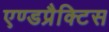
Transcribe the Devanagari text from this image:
एण्डप्रैक्टिस